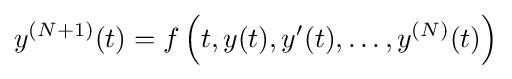
y^{(N+1)}(t)=f\left(t,y(t),y'(t),\ldots ,y^{(N)}(t)\right)